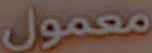
معمول